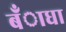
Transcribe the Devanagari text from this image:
बँाधा